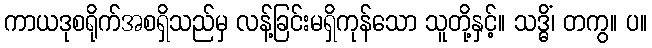
ကာယဒုစရိုက်အစရှိသည်မှ လန့်ခြင်းမရှိကုန်သော သူတို့နှင့်။ သဒ္ဓိံ၊ တကွ။ ပ။